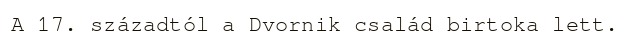
A 17. századtól a Dvornik család birtoka lett.